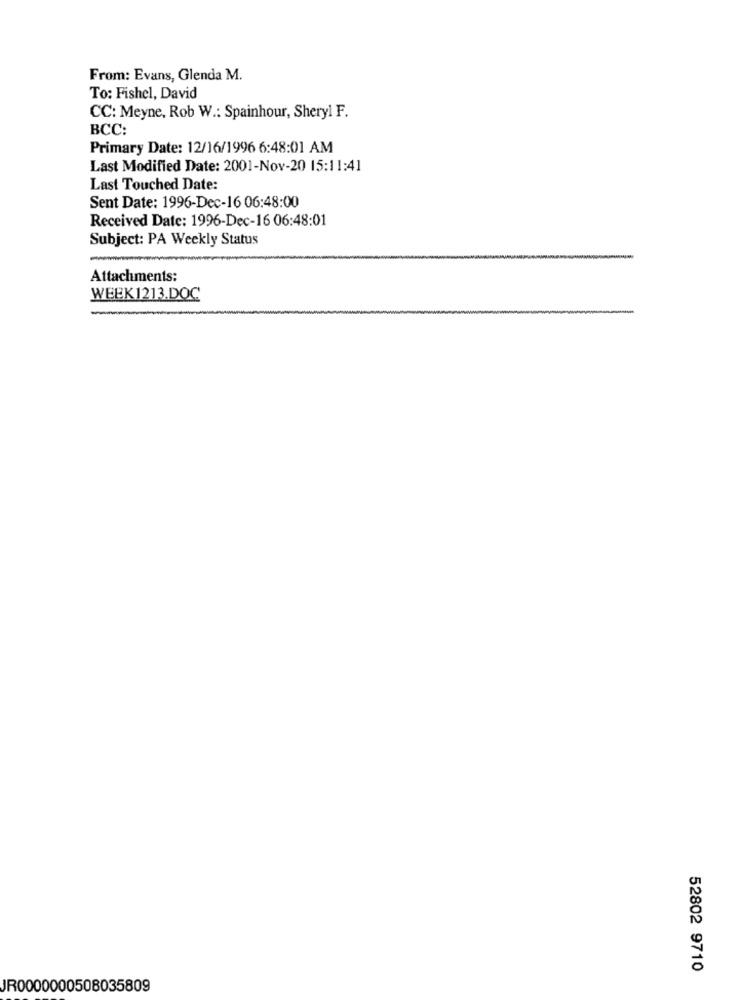
From: Evans, Glenda M.
To: Fishel, David
CC: Meyne, Rob W .: Spainhour, Sheryl F.
BCC:
Primary Date: 12/16/1996 6:48:01 AM
Last Modified Date: 2001-Nov-20 15:11:41
Last Touched Date:
Sent Date: 1996-Dec-16 06:48:00
Received Date: 1996-Dec-16 06:48:01
Subject: PA Weekly Status
Attachments:
WEEK1213.DOC
52802 9710
JR0000000508035809